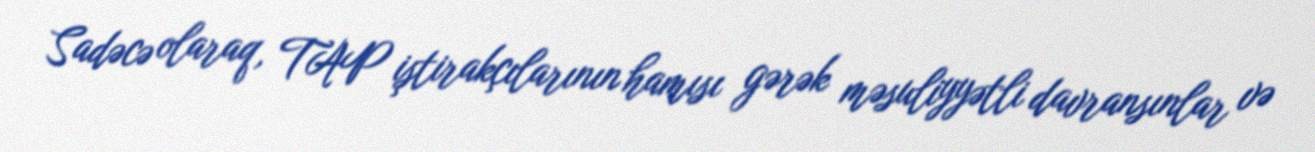
Sadəcə olaraq, TAP iştirakçılarının hamısı gərək məsuliyyətli davransınlar və